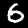
Label: 6